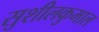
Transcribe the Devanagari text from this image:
सुशीलकुमाल